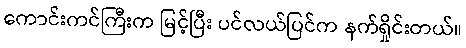
ကောင်းကင်ကြီးက မြင့်ပြီး ပင်လယ်ပြင်က နက်ရှိုင်းတယ်။